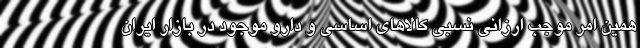
همین امر موجب ارزانی نسبی کالاهای اساسی و دارو موجود در بازار ایران